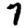
Digit: 7